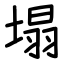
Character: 塌